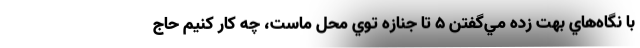
با نگاه‌هاي بهت زده مي‌گفتن 5 تا جنازه توي محل ماست، چه كار كنيم حاج